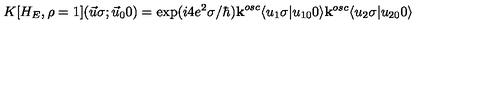
K [ H _ { E } , \rho = 1 ] ( \vec { u } \sigma ; \vec { u } _ { 0 } 0 ) = \exp ( i 4 e ^ { 2 } \sigma / \hbar ) { \bf k } ^ { o s c } \langle u _ { 1 } \sigma \vert u _ { 1 0 } 0 \rangle { \bf k } ^ { o s c } \langle u _ { 2 } \sigma \vert u _ { 2 0 } 0 \rangle